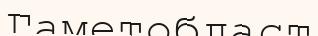
Гаметобласт